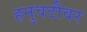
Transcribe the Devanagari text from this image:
हनुवटीवर